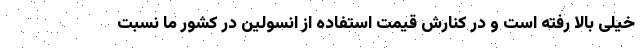
خیلی بالا رفته است و در کنارش قیمت استفاده از انسولین در کشور ما نسبت